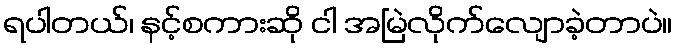
ရပါတယ်၊ နင့်စကားဆို ငါ အမြဲလိုက်လျောခဲ့တာပဲ။